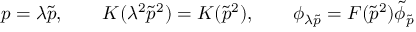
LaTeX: p = \lambda \tilde { p } , \qquad K ( \lambda ^ { 2 } \tilde { p } ^ { 2 } ) = { \cal K } ( \tilde { p } ^ { 2 } ) , \qquad \phi _ { \lambda \tilde { p } } = { \cal F } ( \tilde { p } ^ { 2 } ) \tilde { \phi } _ { \tilde { p } }